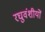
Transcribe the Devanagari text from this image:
रघुवंशीयों